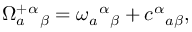
\Omega _ { a } ^ { + } { ^ \alpha } { _ \beta } = \omega _ { a } { ^ \alpha } { _ \beta } + c { ^ \alpha } { _ { a \beta } } ,